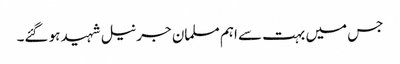
جس میں بہت سے اہم مسلمان جرنیل شہید ہو گئے۔